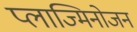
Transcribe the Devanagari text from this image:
प्लाज्मिनोजन